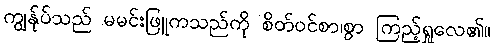
ကျွန်ုပ်သည် မမင်းဖြူကသည်ကို စိတ်ဝင်စာ၊စွာ ကြည့်ရှုလေ၏။